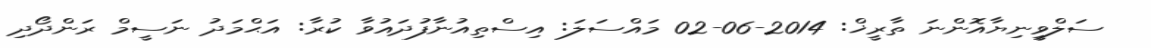
ސަލްވީނިޔާއޮންނަ ތާރީޚް: 2014-06-02 މައްސަލަ: އިސްތިއުނާފުދައުވާ ކުރާ: އަޙްމަދު ނަސީމް ރަންދޯދި